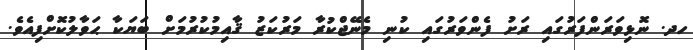
ހދ. ނޮޅިވަރަންފަރުގައި ރަށު ފެންވަރުގައި ކުނި މެނޭޖްކުރާ މަރުކަޒު ޤާއިމުކުރުމަށް ބަޔަކާ ޙަވާލުކޮށްފިއެވެ.